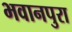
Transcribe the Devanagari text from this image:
भवानपुरा